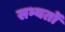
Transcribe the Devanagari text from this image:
सभ्यतों